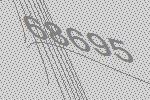
68695